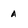
Character: a